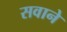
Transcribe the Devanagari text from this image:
सवाने